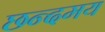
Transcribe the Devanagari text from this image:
छन्दमय